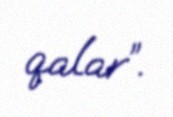
qalar”.